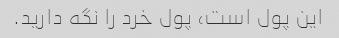
این پول است، پول خرد را نگه دارید.